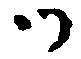
ツ